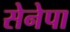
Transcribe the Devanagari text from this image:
सेनेपा